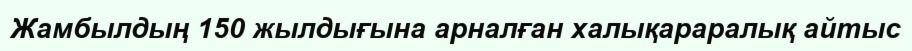
Жамбылдың 150 жылдығына арналған халықараралық айтыс